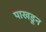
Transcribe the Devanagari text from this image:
पाखडून